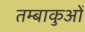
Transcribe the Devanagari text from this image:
तम्बाकुओं